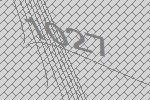
1027